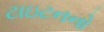
ટાઇટનનો